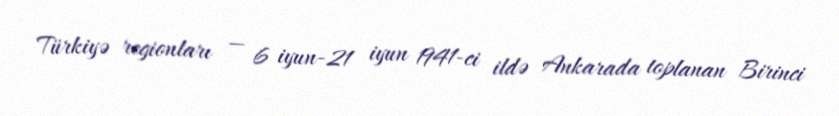
Türkiyə regionları — 6 iyun-21 iyun 1941-ci ildə Ankarada toplanan Birinci